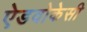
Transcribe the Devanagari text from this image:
ऐडवोकेसी